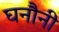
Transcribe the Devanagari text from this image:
घनौनी